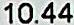
10.44